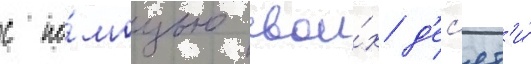
с по́мощью свои́х д'ес'ят'и́